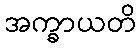
အက္ခာယတိ